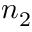
n _ { 2 }